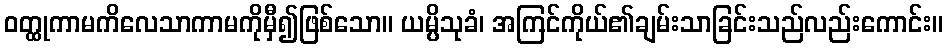
ဝတ္ထုကာမကိလေသာကာမကိုမှီ၍ဖြစ်သော။ ယမ္ပိသုခံ၊ အကြင်ကိုယ်၏ချမ်းသာခြင်းသည်လည်းကောင်း။